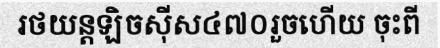
រថយន្តឡិចស៊ីស៤៧០រួចហើយ ចុះពី